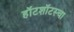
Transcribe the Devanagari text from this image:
हॉटशॉटस्चा